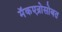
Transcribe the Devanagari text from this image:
मॅकएन्रोसोबत